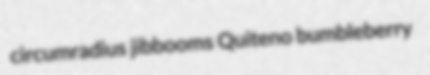
circumradius jibbooms Quiteno bumbleberry